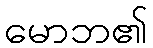
မောဘ၏